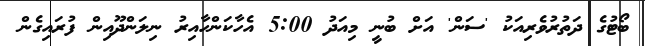
ބޯޓުގެ ދަތުރުވެރިއަކު 'ސަން' އަށް ބުނީީ މިއަދު 5:00 އެހާކަންހާއިރު ނިލަންދޫއިން ފުރައިގެން